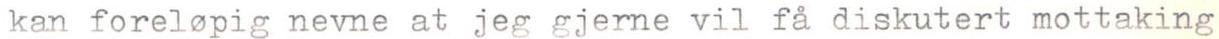
kan forelopig nevne at jeg gjerne vil fa diskutert mottaking